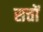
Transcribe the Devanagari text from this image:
सत्तों